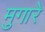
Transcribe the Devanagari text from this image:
मुगारे